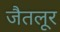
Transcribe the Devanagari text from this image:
जैतलूर